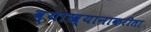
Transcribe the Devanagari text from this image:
व्याख्यानाकरीता